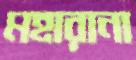
মহারানা